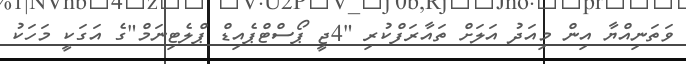
ވަތަނިއްޔާ އިން މިއަދު އަލަށް ތައާރަފްކުރި "4ޖީ ޕޯސްޓްޕެއިޑް ޕްލެޓިނަމް"ގެ އަގަކީ މަހަކު